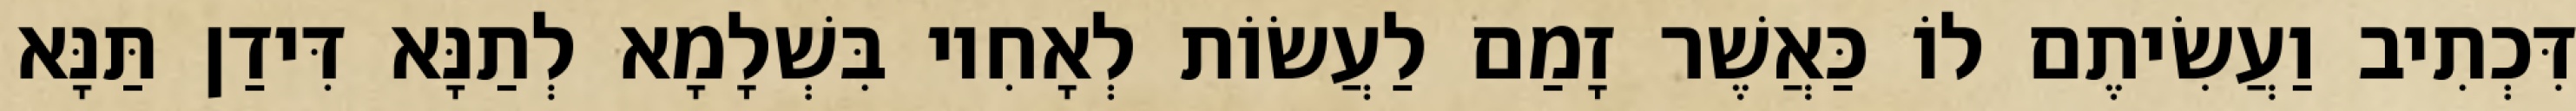
דִּכְתִיב וַעֲשִׂיתֶם לוֹ כַּאֲשֶׁר זָמַם לַעֲשׂוֹת לְאָחִיו בִּשְׁלָמָא לְתַנָּא דִּידַן תַּנָּא